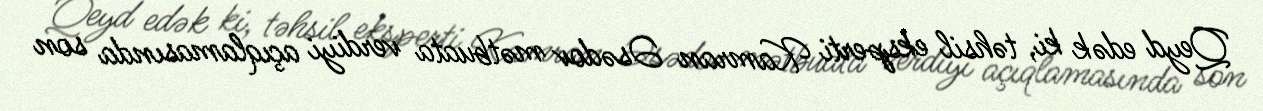
Qeyd edək ki, təhsil eksperti Kamran Əsədov mətbuata verdiyi açıqlamasında son